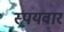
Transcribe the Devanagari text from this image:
स्पयवार